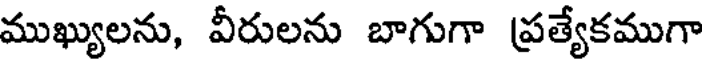
ముఖ్యులను, వీరులను బాగుగా ప్రత్యేకముగా